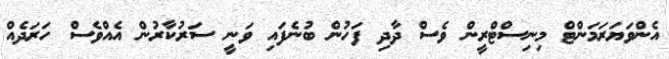
އެންވަޔަރަމަންޓް މިނިސްޓްރީން ވެސް ދާދި ފަހުން ބުނެފައި ވަނީ ސަރުކާރުން އެއްވެސް ހަރަދެއް